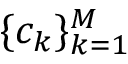
\{ c _ { k } \} _ { k = 1 } ^ { M }